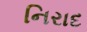
નિરાદ